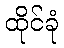
ထိုင်ခုံ